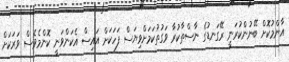
އާންމުކޮށް ބޭނުންކުރަނީ ރޭގަނޑުގެ ނާސްތާކުރާ ވަގުތުކަމަށްވިޔަސް ފަހަކަށް އައިސް އެކަންވަނީ ކޮންމެވެސް ވަރަކަށް